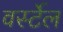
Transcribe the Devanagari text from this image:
वर्स्टेल